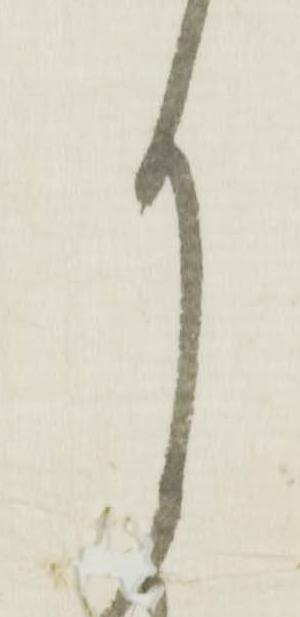
月